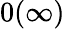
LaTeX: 0(\infty)